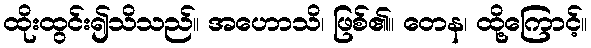
ထိုးထွင်း၍သိသည်။ အဟောသိ၊ ဖြစ်၏။ တေန၊ ထို့ကြောင့်။